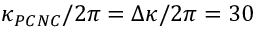
\kappa _ { P C N C } / 2 \pi = \Delta \kappa / 2 \pi = 3 0